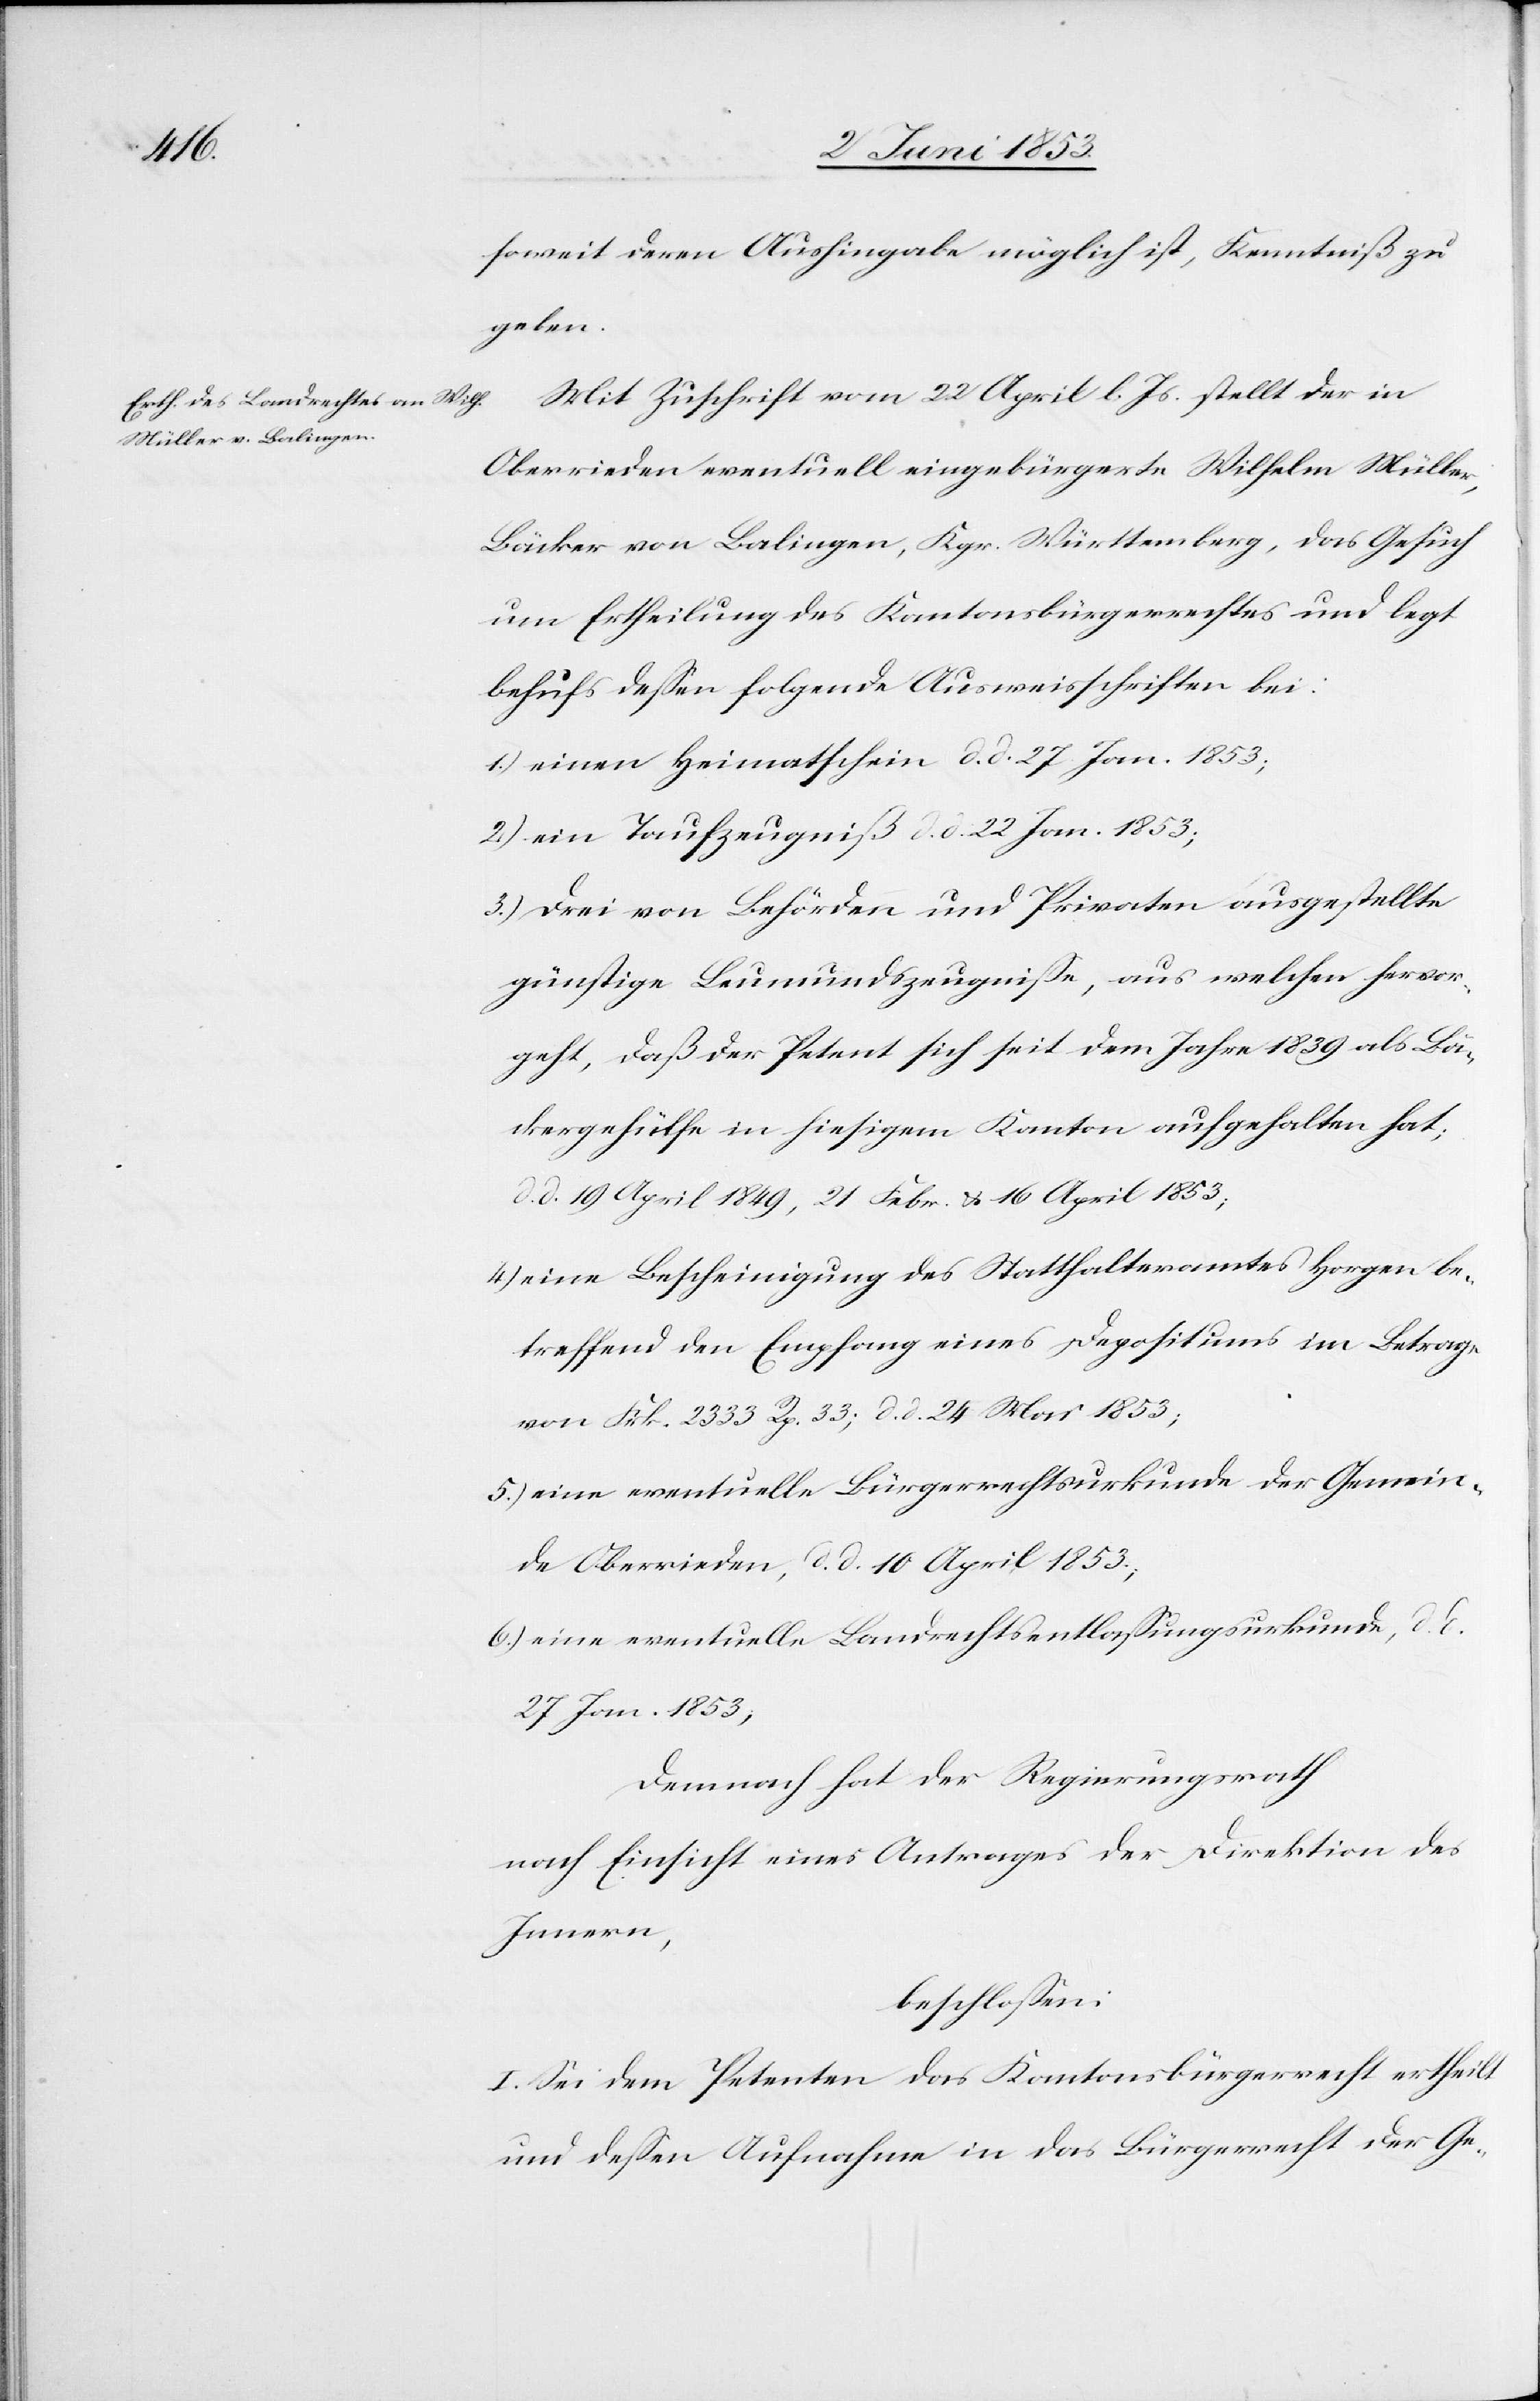
soweit deren Aushingabe möglich ist, Kenntniß zu
geben.
Mit Zuschrift vom 22 April l. Js. stellt der in
Oberrieden eventuell eingebürgerte Wilhelm Müller,
Bäcker von Balingen, Kgr. Württemberg, das Gesuch
um Ertheilung des Kantonsbürgerrechtes und legt
behufs deßen folgende Ausweisschriften bei:
1.) einen Heimathschein d. d. 27 Jan. 1853;
2.) ein Taufzeugniß d. d. 22 Jan. 1853;
3.) drei von Behörden und Privaten ausgestellte
günstige Leumundszeugniße, aus welchen hervor¬
geht, daß der Petent sich seit dem Jahre 1839 als Bäc¬
kergehülfe in hiesigem Kanton aufgehalten hat;
d. 19 April 1849, 21 Februar u. 16 April 1853;
4.) eine Bescheinigung des Statthalteramtes Horgen be¬
treffend den Empfang eines Depositums im Betrage
von Frk. 2333 Rp. 33, d. d. 24 Mai 1853;
5.) eine eventuelle Bürgerrechtsurkunde der Gemein¬
de Oberrieden, d. d. 10 April 1853;
6.) eine eventuelle Landrechtsentlaßungsurkunde, d.
27 Jan. 1853,
Demnach hat der Regierungsrath
nach Einsicht eines Antrages der Direktion des
Innern,
beschloßen:
I. Sei dem Petenten das Kantonsbürgerrecht ertheilt
und deßen Aufnahme in das Bürgerrecht der Ge-